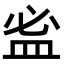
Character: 𥁑